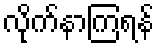
လိုက်နာကြရန်